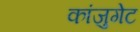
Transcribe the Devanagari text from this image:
कांजुगेट